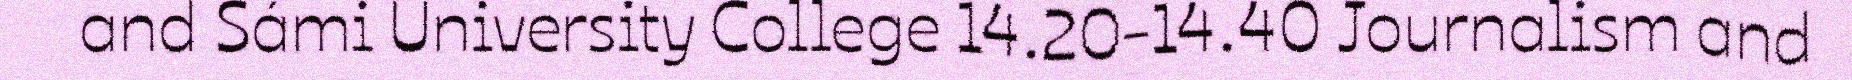
and Sámi University College 14.20-14.40 Journalism and